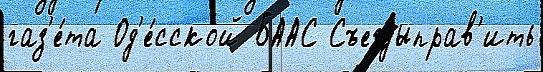
газ'е́та Од'е́сской БААС Съездыправ'ить